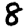
Digit: 8